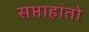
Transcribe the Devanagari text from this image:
सप्ताहांतो